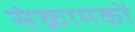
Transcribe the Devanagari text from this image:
संक्रामकों